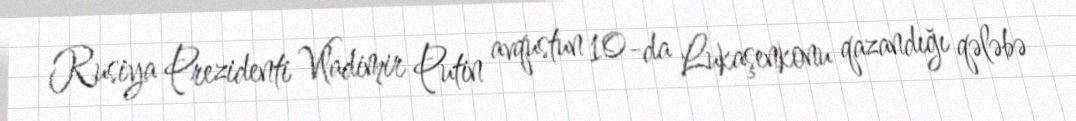
Rusiya Prezidenti Vladimir Putin avqustun 10-da Lukaşenkonu qazandığı qələbə